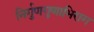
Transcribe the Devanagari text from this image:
निर्गुणगुणाभिराग